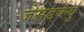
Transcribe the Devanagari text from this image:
जेसडब्ल्यु